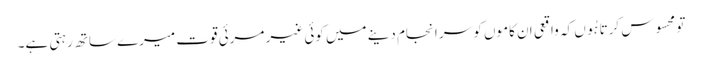
تو محسوس کرتا ہُوں کہ واقعی ان کاموں کو سر انجام دینے میں کوئی غیر مرئی قوت میرے ساتھ رہتی ہے۔